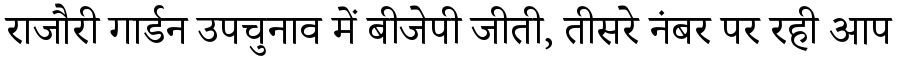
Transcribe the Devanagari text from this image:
राजौरी गार्डन उपचुनाव में बीजेपी जीती, तीसरे नंबर पर रही आप